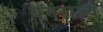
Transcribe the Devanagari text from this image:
वनराज्य